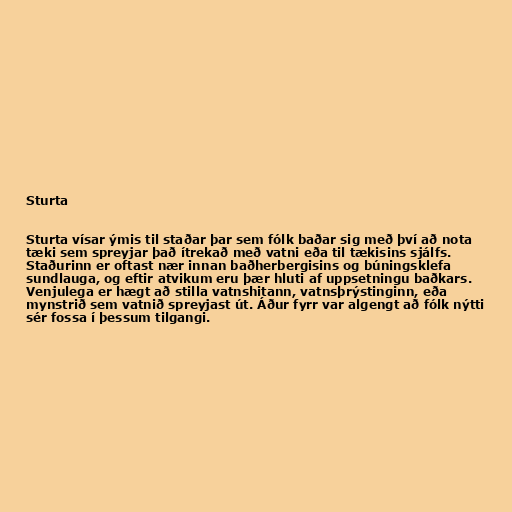
Sturta

Sturta vísar ýmis til staðar þar sem fólk baðar sig með því að nota
tæki sem spreyjar það ítrekað með vatni eða til tækisins sjálfs.
Staðurinn er oftast nær innan baðherbergisins og búningsklefa
sundlauga, og eftir atvikum eru þær hluti af uppsetningu baðkars.
Venjulega er hægt að stilla vatnshitann, vatnsþrýstinginn, eða
mynstrið sem vatnið spreyjast út. Áður fyrr var algengt að fólk nýtti
sér fossa í þessum tilgangi.